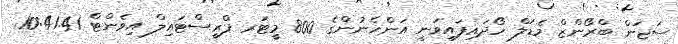
ސަޖަން ބްރޯންޒް މެޑަލް ހޯދައިފައިވަނީ އަންހެނުންގެ 800 މީޓަރ ފްރީސްޓައިލް އިވެންޓް 10:41.41